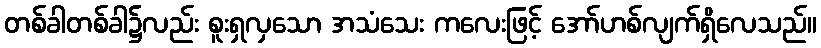
တစ်ခါတစ်ခါ၌လည်း စူးရှလှသော အသံသေး ကလေးဖြင့် အော်ဟစ်လျက်ရှိလေသည်။